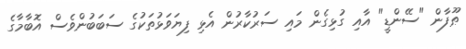
ޠޫފާން "ސޭންޑީ" އާއި ގުޅިގެން މައި ސަރުކާރުން އެޅި ފިޔަވަޅުތަކުގެ ސަބަބުންވެސް އޮބާމާގެ